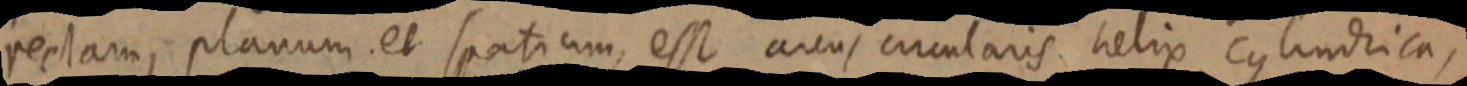
rectam, planum et spatium, esse arcus circularis helix cylindrica,